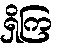
ရှိကြ